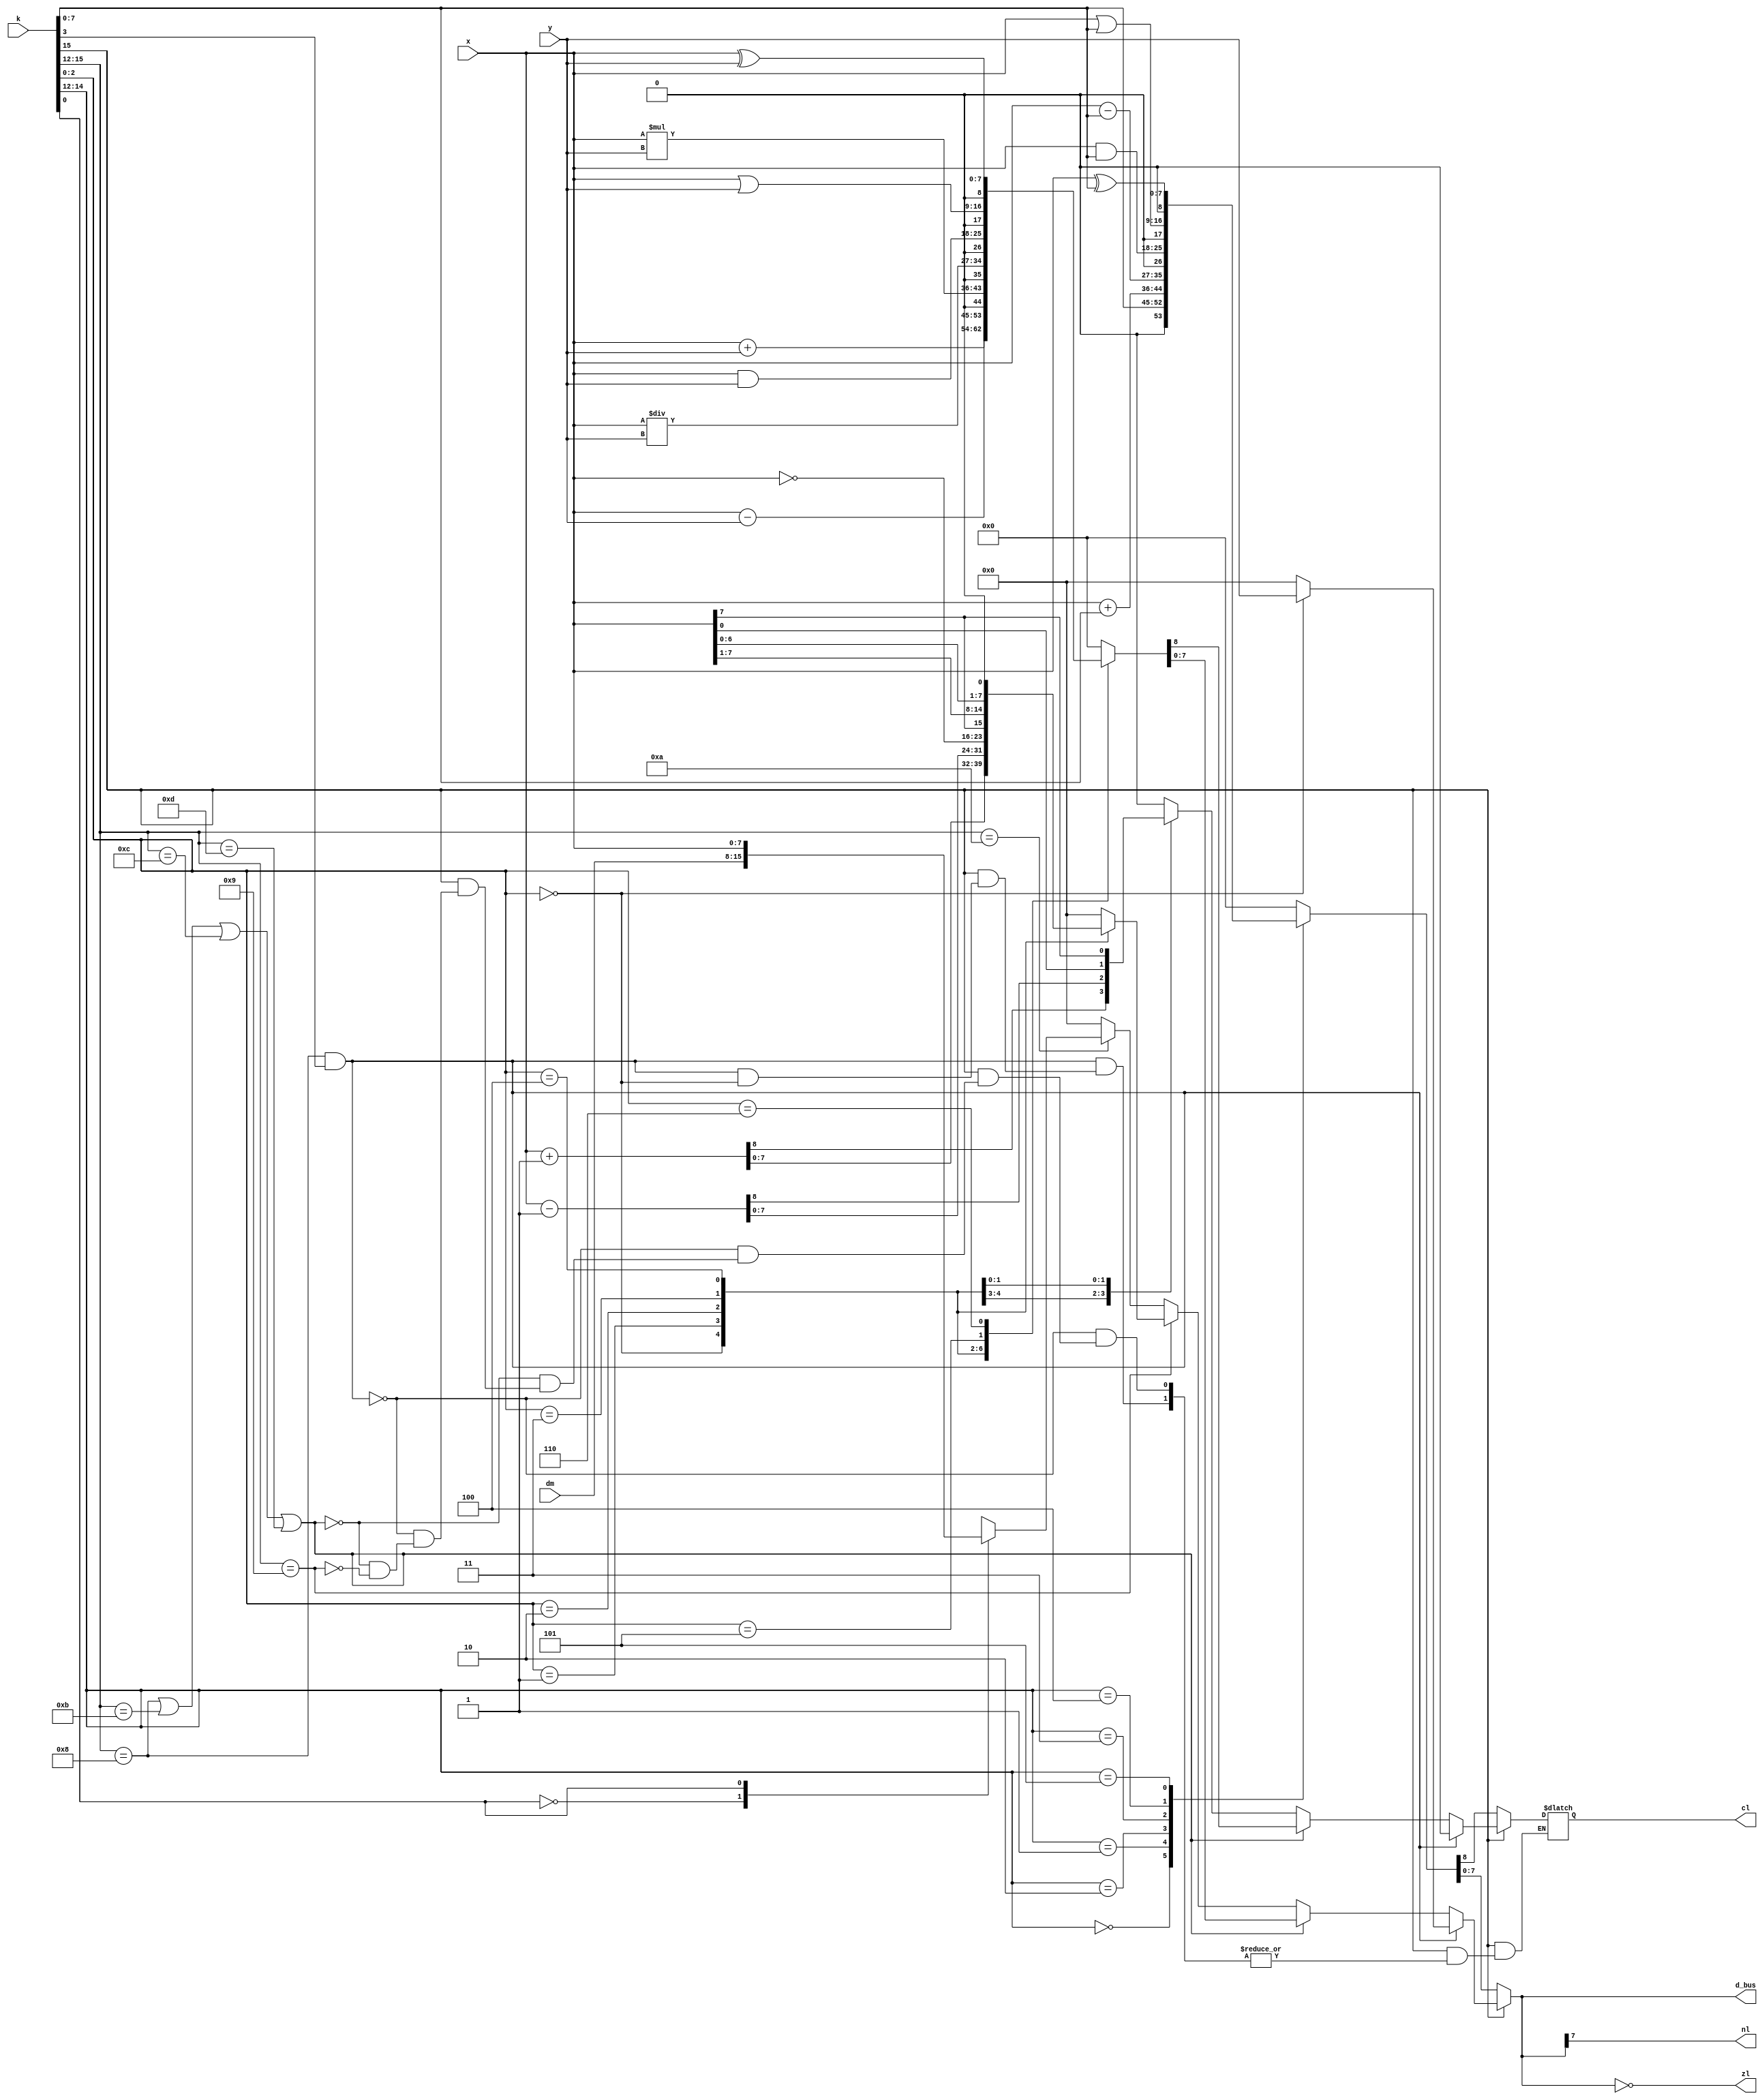
module alu (k,x,y,dm, d_bus, cl,zl,nl);
input [15:0] k;
input [7:0] x, y, dm;
output [7:0] d_bus; reg [7:0] d_bus;
output cl; reg cl; output zl, nl;
always if (k[15]==0) case(k [14:12])
	0: {cl,d_bus} = {1'b0,k [7:0]};
	1: {cl,d_bus} = x + k [7:0];
	2: {cl,d_bus} = x - k [7:0] ;
	3: {cl,d_bus} = {1'b0,( x & k [7:0])};
	4: {cl,d_bus} = {1'b0,( x | k [7:0])};
	5: {cl,d_bus} = {1'b0,( x ^ k [7:0])};
	default: {cl,d_bus} = 0;
endcase else
if (k[15:12] == 8 & k[3]==1) case (k [2:0])
	0: d_bus = y;
	default: {cl,d_bus} = 0;
endcase else
if (k[15:12] == 8 | k[15:12]==4'hb | k[15:12]==4'hc | k[15:12]==4'hd) case (k [2:0])
	0: {cl,d_bus} = x + y;
	1: {cl,d_bus} = x - y;
	2: {cl,d_bus} = {1'b0, x * y};
	3: {cl,d_bus} = {1'b0, x / y};
	4: {cl,d_bus} = {1'b0,( x & y)};
	5: {cl,d_bus} = {1'b0,( x | y)};
	6: {cl,d_bus} = {1'b0,( x ^ y)};
	default: {cl,d_bus} = 0;
endcase else
if (k[15:12] == 9) case (k [2:0])
	0: {cl,d_bus} = {1'b0,( x+1)};
	1: {cl,d_bus} = {1'b0,( x-1)};
	2: {cl,d_bus} = {1'b0,( ~x)};
	3: {d_bus,cl} = {x[7], x[7:0]};
	4: {cl,d_bus} = {x,1'b0};
	default: {cl,d_bus} = 0;
endcase else
if (k[15:12]==4'ha) case (k[0])
	0: d_bus = dm;
	1: d_bus = x;
endcase
else d_bus = 0;
assign zl = (d_bus==0);
assign nl = d_bus[7];
endmodule